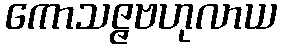
ကောသဇ္ဇဗဟုလာယ